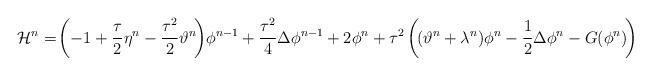
LaTeX: \begin{align*} \mathcal{H}^n =\!\left(-1+\frac{\tau}{2}\eta^n-\frac{\tau^2}{2}\vartheta^n\!\right)\!\phi^{n-1}+\frac{\tau^2}{4}\Delta\phi^{n-1} +2\phi^n+\tau^2\left(\!(\vartheta^n+\lambda^n)\phi^n-\frac{1}{2}\Delta\phi^n-G(\phi^n)\!\right) \end{align*}